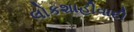
લોકશાહીવાદી